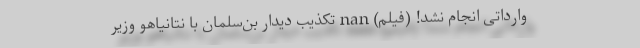
وارداتی انجام نشد! (فیلم) nan تکذیب دیدار بن‌سلمان با نتانیاهو وزیر